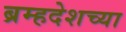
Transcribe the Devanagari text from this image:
ब्रम्हदेशच्या